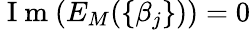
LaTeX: \mathrm{~I~m~}(E_{M}(\{ \beta_{j}\} ))=0